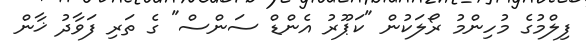
ފިލްމުގެ މުހިންމު ރޯލަކުން "ކަޕޫރު އެންޑް ސަންސް" ގެ ތަރި ފަވާދު ޚާން